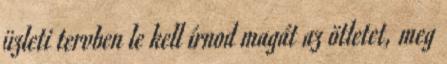
üzleti tervben le kell írnod magát az ötletet, meg